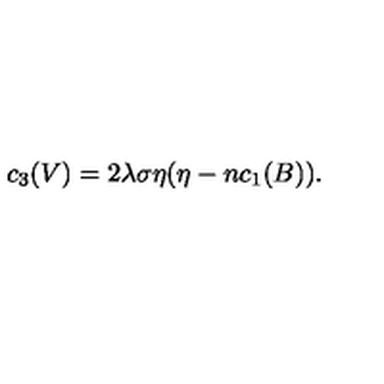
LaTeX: c _ { 3 } ( V ) = 2 \lambda \sigma \eta ( \eta - n c _ { 1 } ( B ) ) .